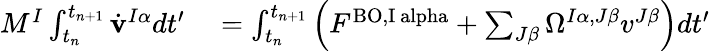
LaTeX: \begin{array}{rl}{M^{I}\int_{t_{n}}^{t_{n+1}}\dot{\mathbf{v}}^{I\alpha}dt^{\prime}}&{{}=\int_{t_{n}}^{t_{n+1}}\Big(F^{\mathrm{BO,I\ alpha}}+\sum_{J\beta}\Omega^{I\alpha,J\beta}{v}^{J\beta}\Big)dt^{\prime}}\end{array}